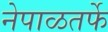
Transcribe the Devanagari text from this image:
नेपाळतर्फे